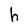
Character: h